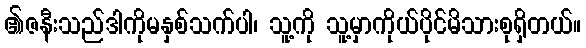
၏ဇနီးသည်ဒါကိုမနှစ်သက်ပါ၊ သူ့ကို သူ့မှာကိုယ်ပိုင်မိသားစုရှိတယ်။